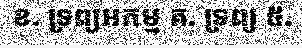
ខ. ទ្រព្យអកម្ម គ. ទ្រព្យ ៥.